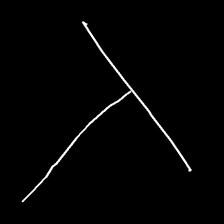
Glyph: column